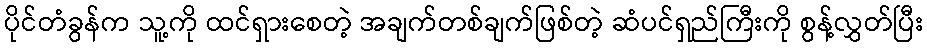
ပိုင်တံခွန်က သူ့ကို ထင်ရှားစေတဲ့ အချက်တစ်ချက်ဖြစ်တဲ့ ဆံပင်ရှည်ကြီးကို စွန့်လွှတ်ပြီး